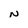
Character: N